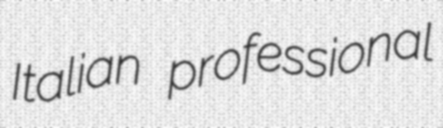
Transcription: Italian professional